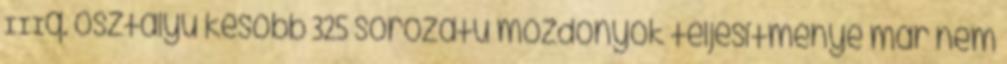
IIIq. osztályú később 325 sorozatú mozdonyok teljesítménye már nem